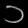
Digit: ၁